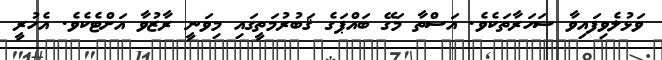
ވަޅުލެވިފައިވާ ސަހަރާތަކެވެ. އަސްތާ މަގޭ ބައްޕަގެ ޤަބުރުމަތީގައި މިވަނީ ރާޒުވާ އަށްޓެކެވެ. އެހުރީ